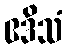
ဧဒိသံ